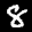
Label: 8